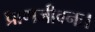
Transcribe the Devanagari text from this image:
प्राणजीवनः।